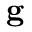
\mathbf { g }